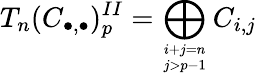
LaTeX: T_{n}(C_{\bullet,\bullet})_{p}^{II}=\bigoplus_{i+j=n\atop j>p-1}C_{i,j}